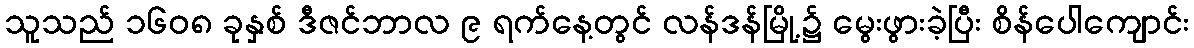
သူသည် ၁၆၀၈ ခုနှစ် ဒီဇင်ဘာလ ၉ ရက်နေ့တွင် လန်ဒန်မြို့၌ မွေးဖွားခဲ့ပြီး စိန်ပေါကျောင်း